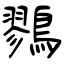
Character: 鷚